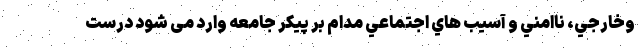
وخارجي، ناامني و آسيب هاي اجتماعي مدام بر پیکر جامعه وارد می شود درست